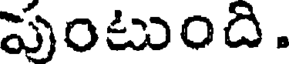
పుంటుంది.